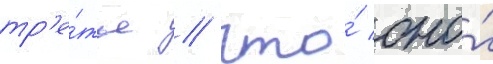
тр'е́тье / что́ оно́